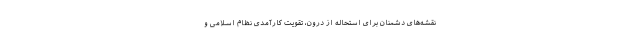
نقشه‌های دشمنان برای استحاله از درون، تقویت کارآمدی نظام اسلامی و